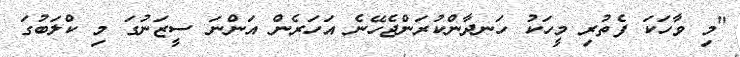
"މި ވާހަކަ ފެތުރި މީހަކު ހަނދާންކުރަންޖެހޭނެ އަހަރެން އަންނަ ސީޒަނުގަ މި ކްލަބުގަ